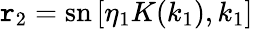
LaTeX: \mathtt{r}_{2}=\mathrm{{sn}}\left[\eta_{1}K(k_{1}),k_{1}\right]